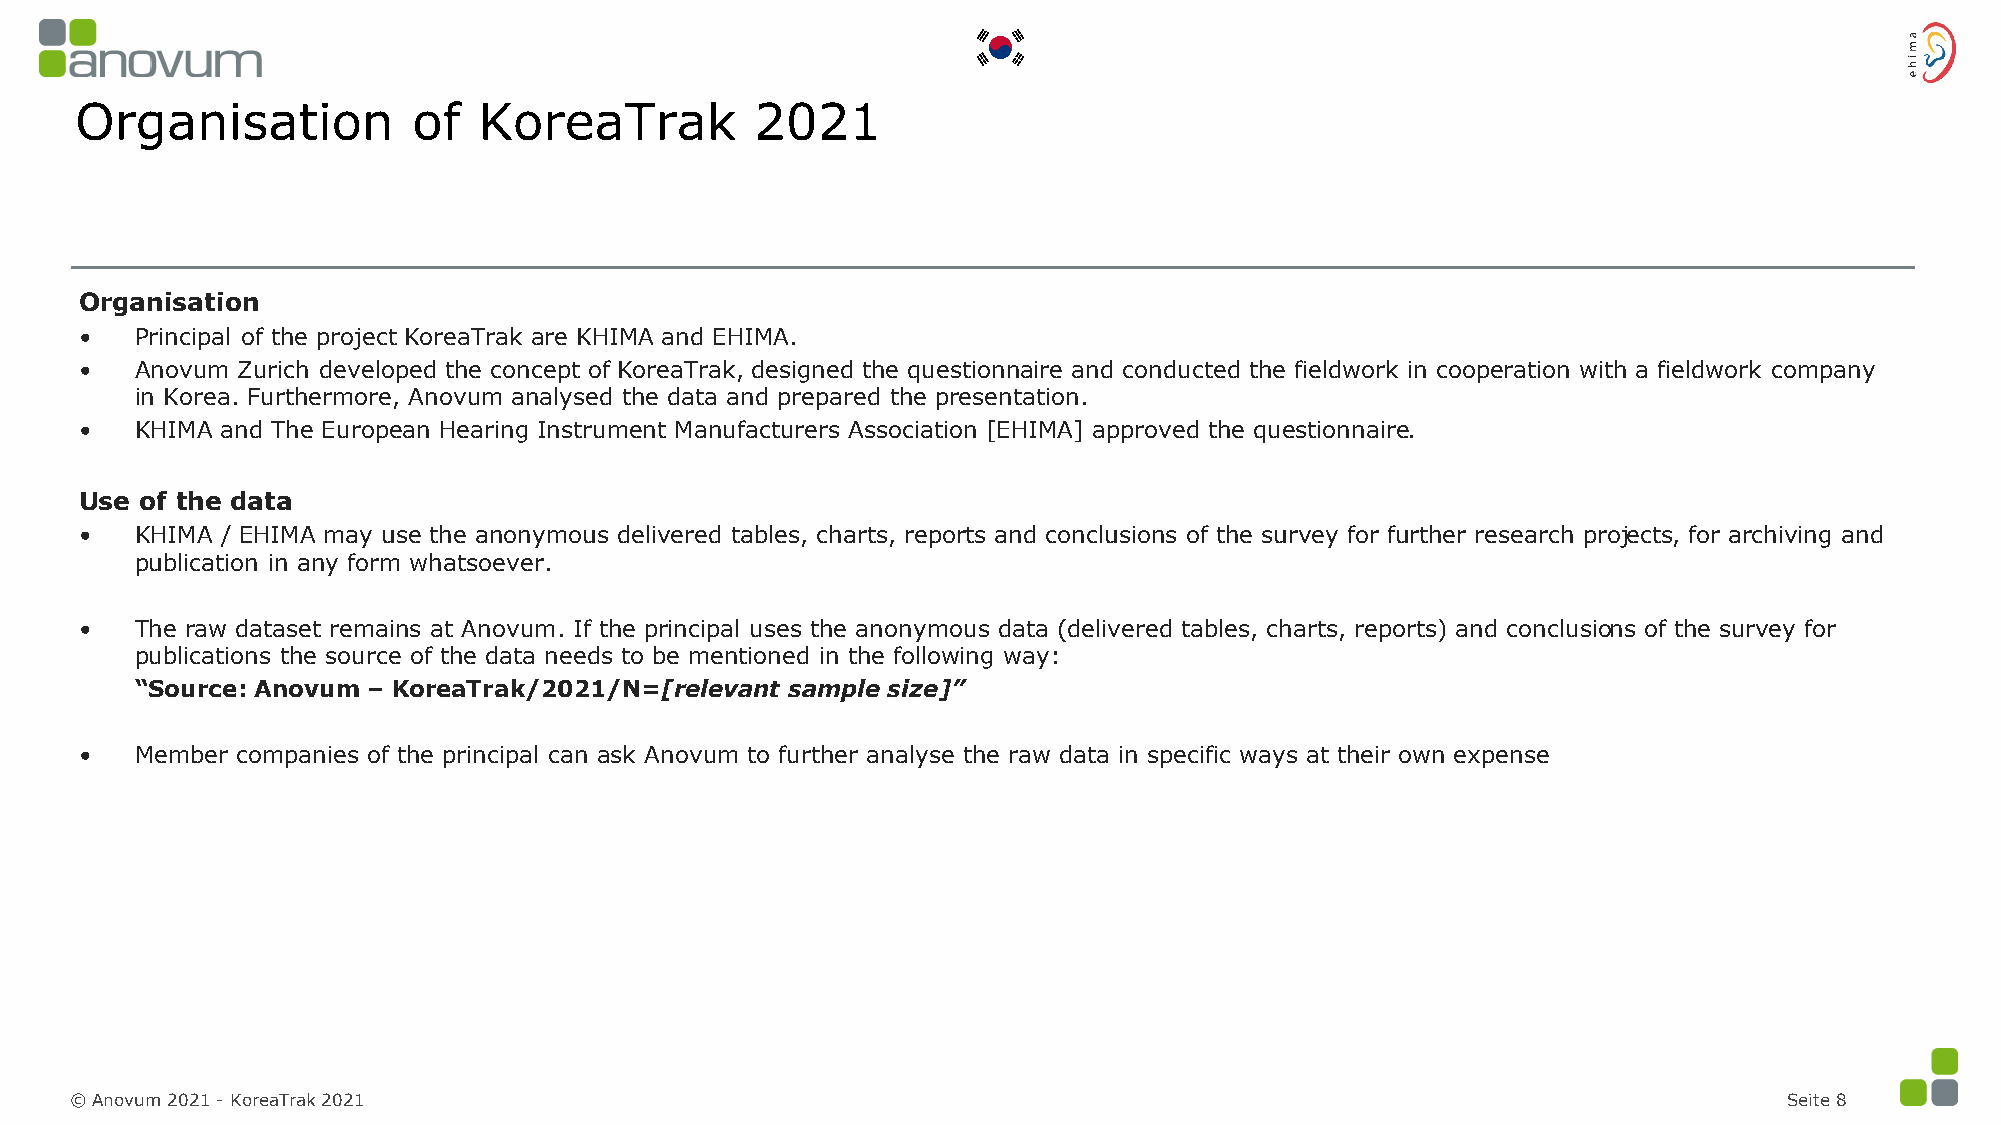
Organisation          of   KoreaTrak         2021
 Organisation
 •   Principal of the project KoreaTrak are KHIMA and EHIMA.
 •   Anovum Zurich developed the concept of KoreaTrak, designed the questionnaire and conducted the fieldwork in cooperation with a fieldwork company
 in Korea. Furthermore, Anovum analysed the data and prepared the presentation.
 •   KHIMA and The European Hearing Instrument Manufacturers Association [EHIMA] approved the questionnaire.
 Use of the data
 •   KHIMA / EHIMA may use the anonymous delivered tables, charts, reports and conclusions of the survey for further research projects, for archiving and
 publication in any form whatsoever.
 •   The raw dataset remains at Anovum. If the principal uses the anonymous data (delivered tables, charts, reports) and conclusions of the survey for
 publications the source of the data needs to be mentioned in the following way:
 “Source: Anovum – KoreaTrak/2021/N=[relevant sample size]”
 •   Member companies of the principal can ask Anovum to further analyse the raw data in specific ways at their own expense
 © Anovum 2021 -KoreaTrak 2021                                                                                    Seite 8